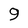
Character: 9